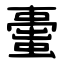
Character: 蟗